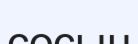
сосын